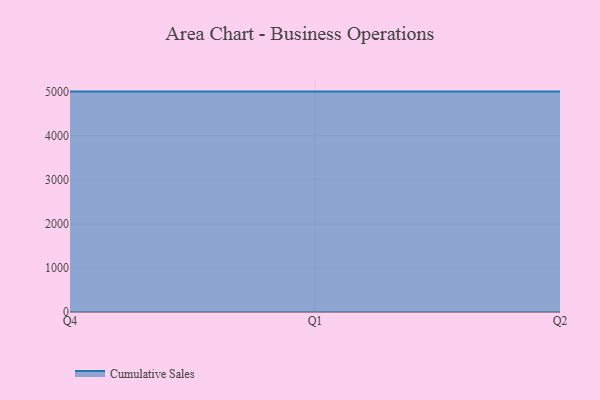
{"axis": {"x": "Quarter", "y": "Latency (ms)"}, "legend": ["Cumulative Sales"], "data": [{"x": "Q4", "y": 5000, "type": "Cumulative Sales"}, {"x": "Q1", "y": 5000, "type": "Cumulative Sales"}, {"x": "Q2", "y": 5000, "type": "Cumulative Sales"}]}